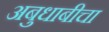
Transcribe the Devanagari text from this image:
अबुधाबीचा